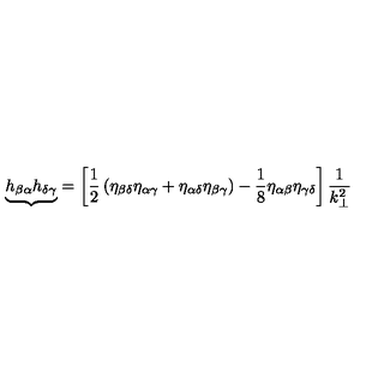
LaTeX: { \underbrace { h _ { \beta \alpha } h _ { \delta \gamma } } } = \left[ \frac { 1 } { 2 } \left( \eta _ { \beta \delta } \eta _ { \alpha \gamma } + \eta _ { \alpha \delta } \eta _ { \beta \gamma } \right) - \frac { 1 } { 8 } \eta _ { \alpha \beta } \eta _ { \gamma \delta } \right] \frac { 1 } { k _ { \bot } ^ { 2 } }